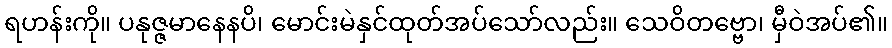
ရဟန်းကို။ ပနုဇ္ဇမာနေနပိ၊ မောင်းမဲနှင်ထုတ်အပ်သော်လည်း။ သေဝိတဗ္ဗော၊ မှီဝဲအပ်၏။